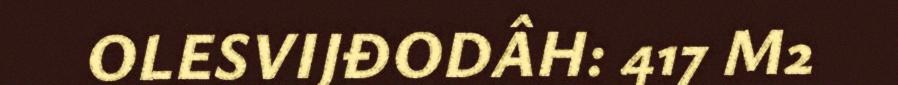
OLESVIJĐODÂH: 417 M2